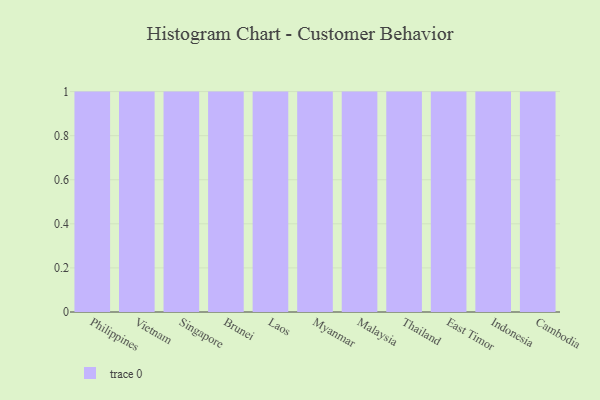
{"axis": {"x": "Country", "y": "Net Income (USD K)"}, "legend": [""], "data": [{"x": "Philippines", "y": 41, "type": ""}, {"x": "Vietnam", "y": 75, "type": ""}, {"x": "Singapore", "y": 65, "type": ""}, {"x": "Brunei", "y": 92, "type": ""}, {"x": "Laos", "y": 23, "type": ""}, {"x": "Myanmar", "y": 10, "type": ""}, {"x": "Malaysia", "y": 31, "type": ""}, {"x": "Thailand", "y": 21, "type": ""}, {"x": "East Timor", "y": 25, "type": ""}, {"x": "Indonesia", "y": 66, "type": ""}, {"x": "Cambodia", "y": 52, "type": ""}]}